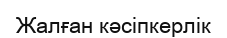
Жалған кәсіпкерлік